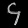
Digit: ၄